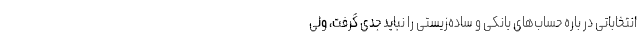
انتخاباتی در باره حساب‌های بانکی و ساده‌زیستی را نباید جدی گرفت، ولی